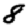
Digit: 8